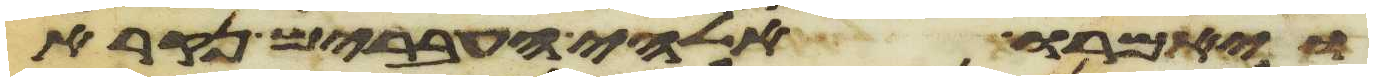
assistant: ויאמרו אלהי העברים נקרא